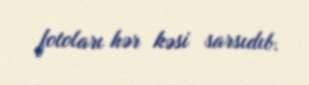
fotoları hər kəsi sarsıdıb.